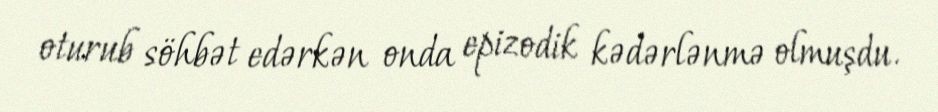
oturub söhbət edərkən onda epizodik kədərlənmə olmuşdu.